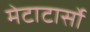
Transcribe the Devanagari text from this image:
मेटाटार्सो